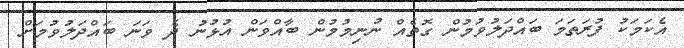
އެކަމަކު ފުރަތަމަ ބައްދަލުވުމުން ގޮތެއް ނުނިމުމުން ބާއްވަން އުޅުނު ދެ ވަނަ ބައްދަލުވުމަށް